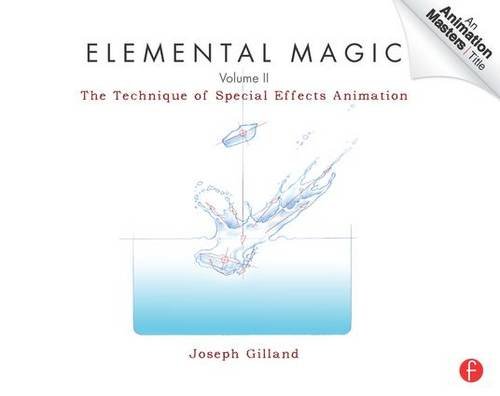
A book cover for Elemental Magic, Volume II: The Technique of Special Effects Animation (Animation Masters Title); Joseph Gilland; Arts & Photography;